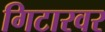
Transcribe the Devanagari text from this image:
गिटारवर